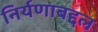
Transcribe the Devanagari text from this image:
निर्यणाबद्दल